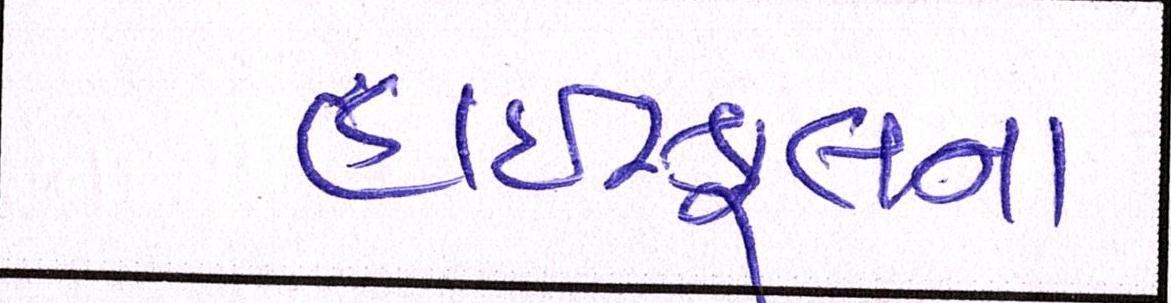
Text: હાઇસ્કુલના